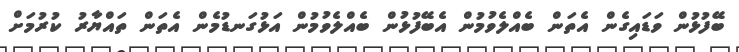
ބޭފުޅުން ވަޑައިގެން އެތަން ބެއްލެވުމުން އެބޭފުޅުން ބެއްލެވުމުން އަޅުގަނޑުމެން އެތަން ތައްޔާރު ކުރުމަށް